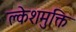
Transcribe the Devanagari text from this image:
क्लेशमुक्ति